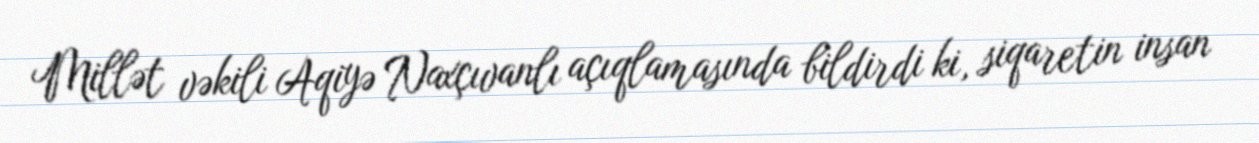
Millət vəkili Aqiyə Naxçıvanlı açıqlamasında bildirdi ki, siqaretin insan